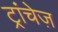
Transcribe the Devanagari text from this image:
ट्रांचेज़